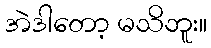
အဲဒါတော့ မသိဘူး။